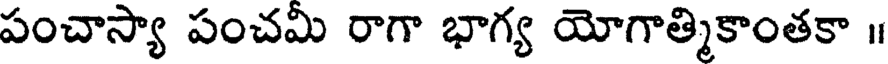
పంచాస్యా పంచమి రాగా భాగ్య యోగాత్మికాంతకా ॥